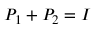
P _ { 1 } + P _ { 2 } = I